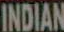
INDIAN